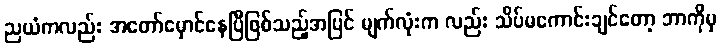
ညယံကလည်း အတော်မှောင်နေပြီဖြစ်သည့်အပြင် မျက်လုံးက လည်း သိပ်မကောင်းချင်တော့ ဘာကိုမှ